Document type: Grant
Year: 1403
Scribe: Berenguer Pedrosell
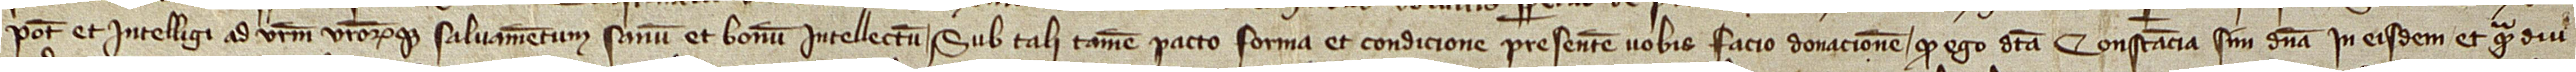
potest et intelligi ad vestrum vestrorumque salvamentum sanum et bonum intellectum. Sub tali tamen pacto, forma et condicione presentem vobus facio donacionem quod ego dicta Constancia sim domina in eisdem et quamdiu